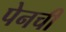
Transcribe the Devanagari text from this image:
पेनची